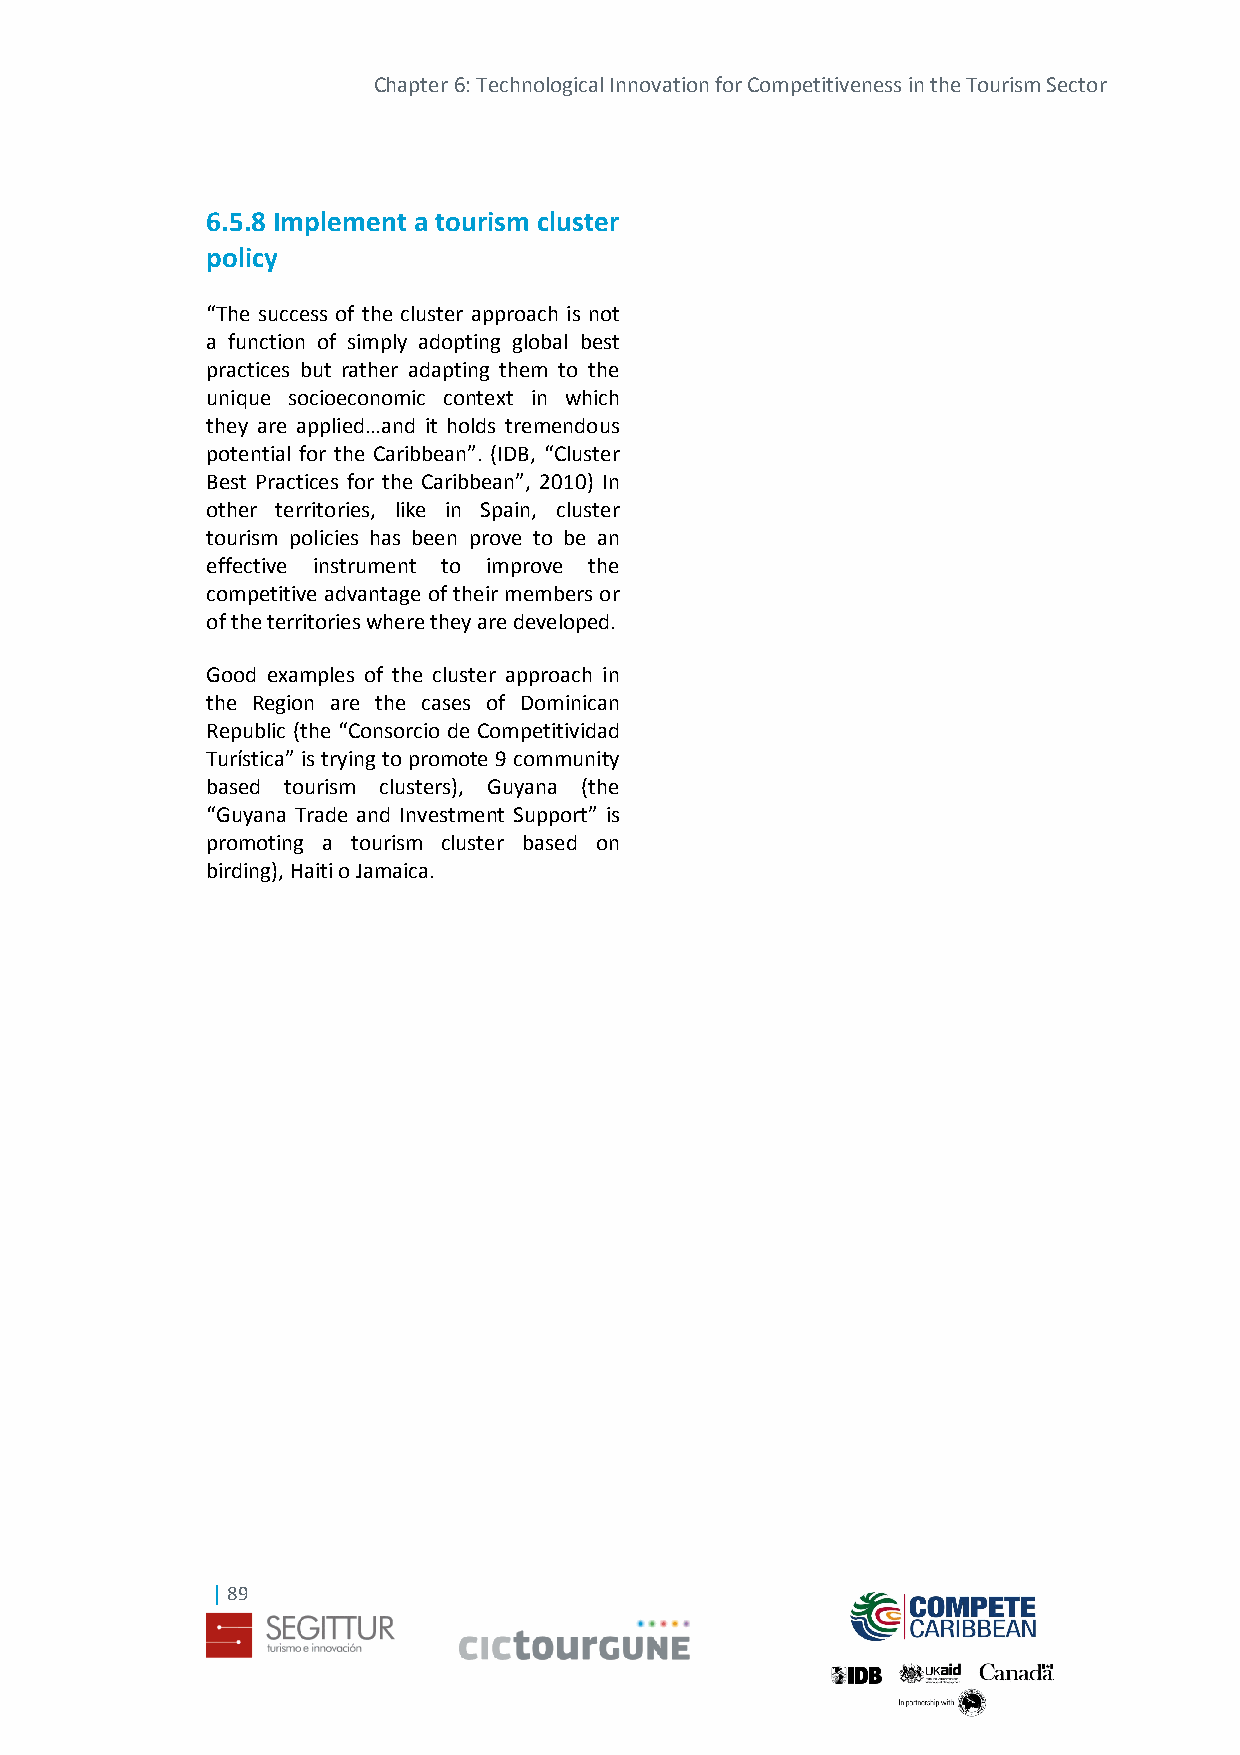
Chapter 6: Technological Innovation for Competitiveness in the Tourism Sector
 6.5.8 Implement a tourism cluster
 policy
 “The success of the cluster approach is not
 a function of simply adopting global best
 practices but rather adapting them to the
 unique socioeconomic context in which
 they are applied…and it holds tremendous
 potential for the Caribbean”. (IDB, “Cluster
 Best Practices for the Caribbean”, 2010) In
 other territories, like in Spain, cluster
 tourism policies has been prove to be an
 effective instrument to improve the
 competitive advantage of their members or
 of the territories where they are developed.
 Good examples of the cluster approach in
 the Region are the cases of Dominican
 Republic (the “Consorcio de Competitividad
 Turística” is trying to promote 9 community
 based tourism clusters), Guyana (the
 “Guyana Trade and Investment Support” is
 promoting a tourism cluster based on
 birding), Haiti o Jamaica.
 | 89